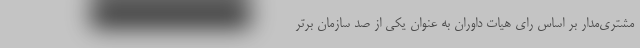
مشتری‌مدار بر اساس رای هیات داوران به عنوان یکی از صد سازمان برتر